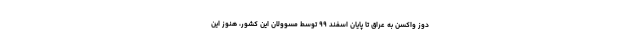
دوز واکسن به عراق تا پایان اسفند ۹۹ توسط مسوولان این کشور، هنوز این